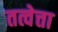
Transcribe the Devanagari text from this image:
तत्वेत्ता